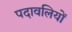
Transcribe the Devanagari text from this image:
पदावलियों